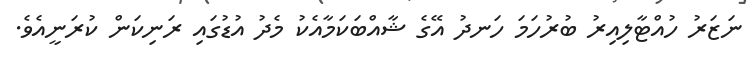
ނަޒަރު ހުއްޓާލިއިރު ބުރުހަމަ ހަނދު އޭގެ ޝާއްބަކަމާއެކު މެދު އުޑުގައި ރަނިކަން ކުރަނީއެވެ.